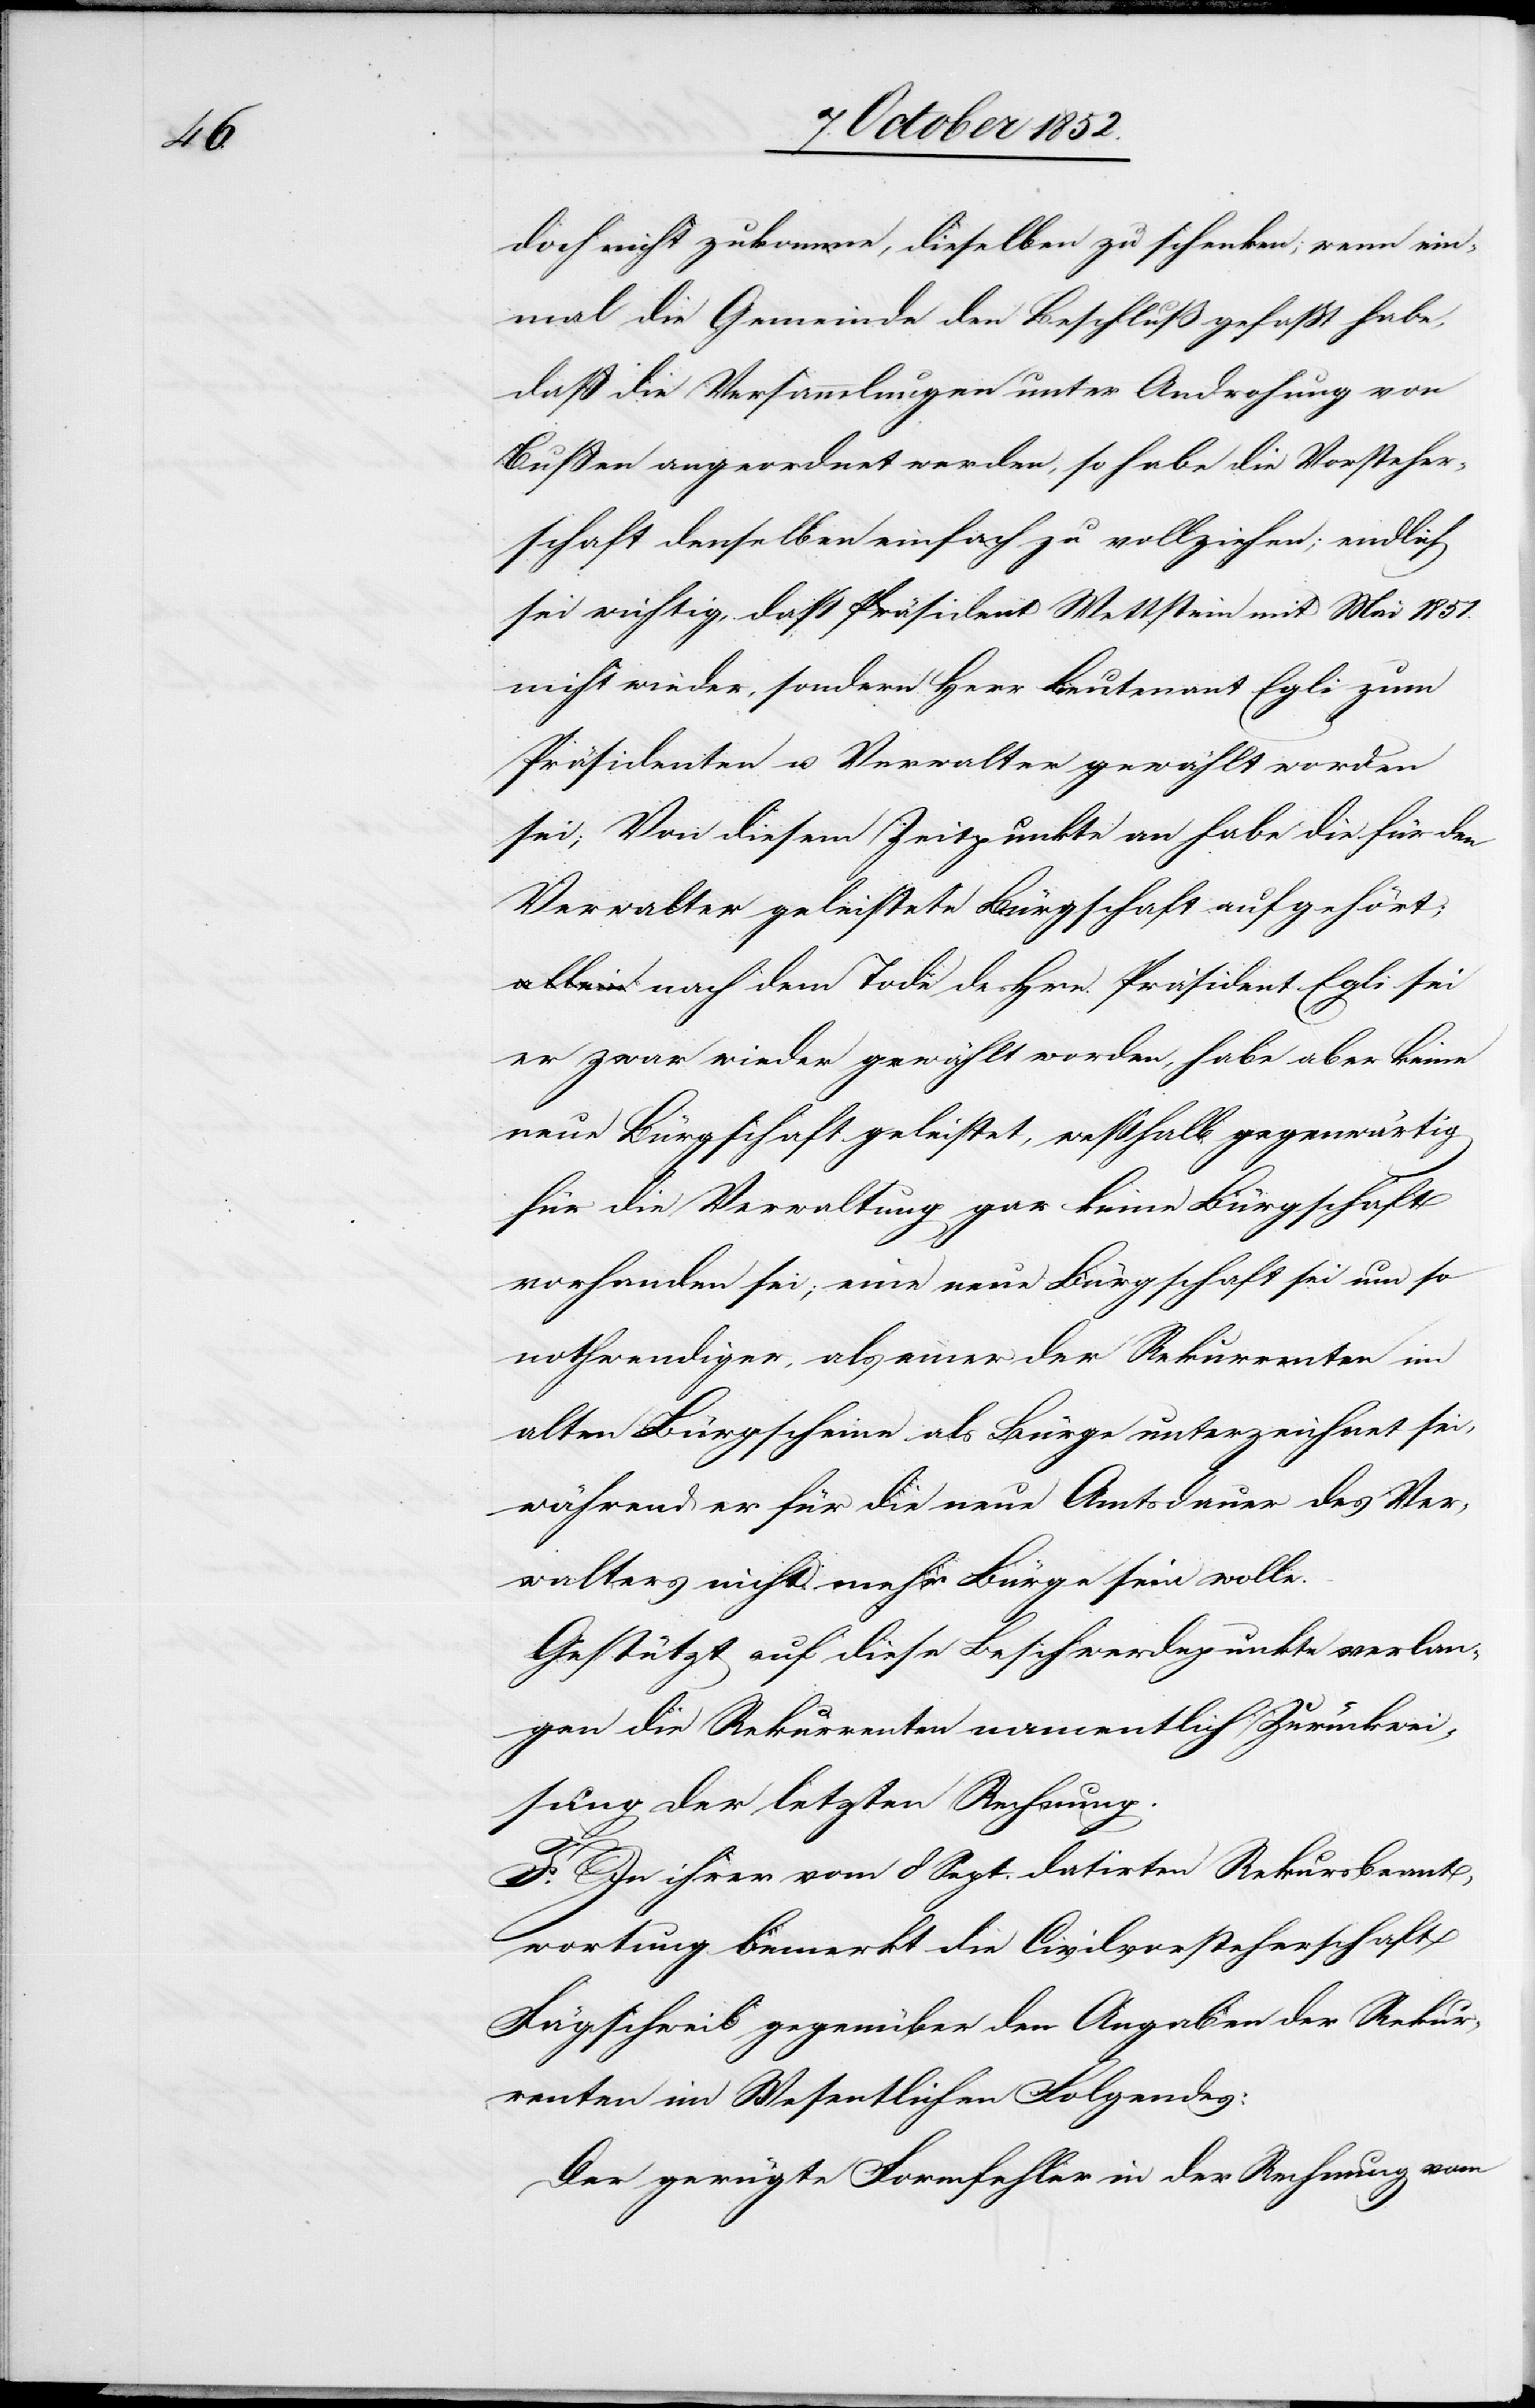
doch nicht zukomme, dieselben zu schenken; wenn ein¬
mal die Gemeinde den Beschluß gefaßt habe,
daß die Versammlungen unter Androhung von
Bußen angeordnet werden, so habe die Vorsteher¬
schaft denselben einfach zu vollziehen; endlich
sei wichtig, daß Präsident Wettstein mit Mai 1851.
nicht wieder, sondern Herr Lieutenant Egli zum
Präsidenten u. Verwalter gewählt worden
sei; Von diesem Zeitpunkte an habe die für den
Verwalter geleistete Bürgschaft aufgehört;
nach dem Tode des Hrn. Präsident Egli sei
er zwar wieder gewählt worden, habe aber keine
neue Bürgschaft geleistet, weßhalb gegenwärtig
für die Verwaltung gar keine Bürgschaft
vorhanden sei; eine neue Bürgschaft sei um so
nothwendiger, als einer der Rekurrenten im
alten Bürgscheine als Bürge unterzeichnet sei,
während er für die neue Amtsdauer des Ver¬
walters nicht mehr Bürge sein wolle.
Gestützt auf diese Beschwerdepunkte verlan¬
gen die Rekurrenten namentlich Zurückwei¬
sung der letzten Rechnung.
F. In ihrer vom 8 Sept. datirten Rekursbeant¬
wortung bemerkt die Civilvorsteherschaft
Fägschweil gegenüber den Angaben der Rekur¬
renten im Wesentlichen Folgendes:
Der gerügte Formfehler in der Rechnung vom